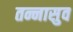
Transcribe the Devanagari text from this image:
तन्नासुव